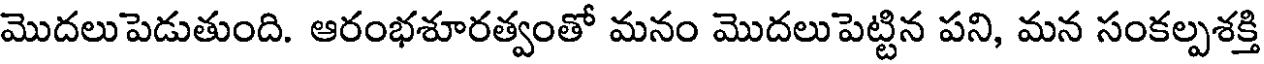
మొదలుపెడుతుంది. ఆరంభశూరత్వంతో మనం మొదలుపెట్టిన పని, మన సంకల్పశక్తి